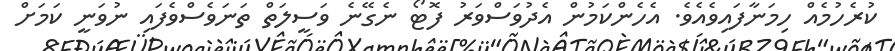
ކުރެހުމެއް ހިމަނާފައިވެއެވެ. އެހެންކަމުން އެދުވަސްވަރު ފޮޓޯ ނެގޭނެ ވަސީލަތް ތަނަވެސްވެފައި ނުވަނީ ކަމަށް